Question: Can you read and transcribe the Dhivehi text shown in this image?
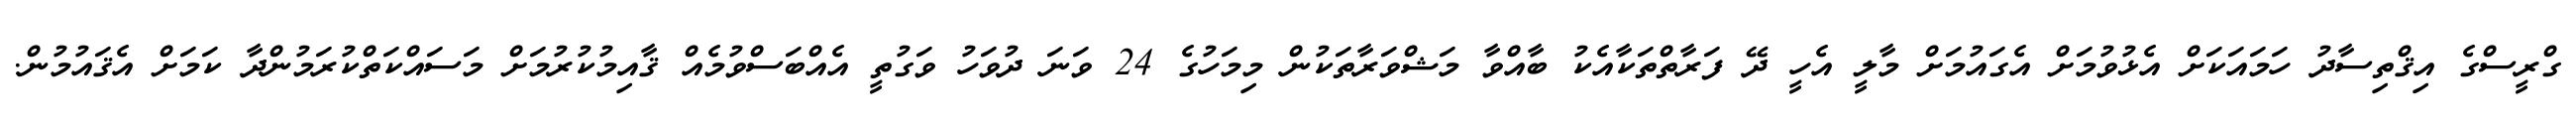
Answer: ގްރީސްގެ އިޤްތިސާދު ހަމައަކަށް އެޅުވުމަށް އެގައުމަށް މާލީ އެހީ ދޭ ފަރާތްތަކާއެކު ބާއްވާ މަޝްވަރާތަކުން މިމަހުގެ 24 ވަނަ ދުވަހު ވަގުތީ އެއްބަސްވުމެއް ޤާއިމުކުރުމަށް މަސައްކަތްކުރަމުންދާ ކަމަށް އެޤައުމުން.